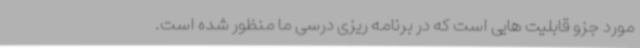
مورد جزو قابلیت هایی است که در برنامه ریزی درسی ما منظور شده است.